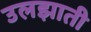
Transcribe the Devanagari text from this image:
उलझाती